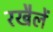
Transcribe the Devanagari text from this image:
रखैलें